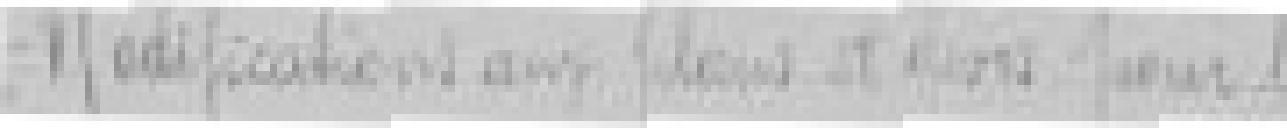
Modifications aux plans et rues pour